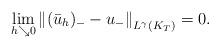
LaTeX: \begin{align*}\lim_{h \searrow 0}\left\|(\bar{u}_h)_--u_- \right\|_{L^\gamma(K_T)}=0.\end{align*}